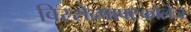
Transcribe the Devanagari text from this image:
विस्सेन्षाफ्टकोलेज